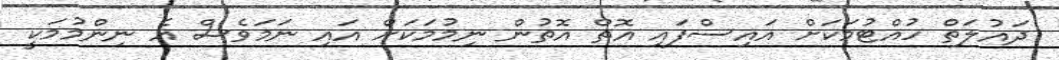
ދައުލަތް ހުއްޓުމަކަށް އައިސްފައި އޮތް އޮތުން ނިމުމަކަށް އައި ނަމަވެސް އެ ނިންމުމަކީ